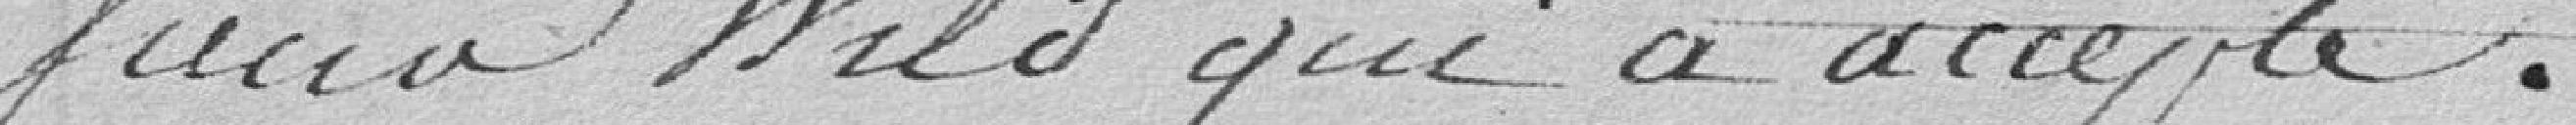
Wild qui a accepté.